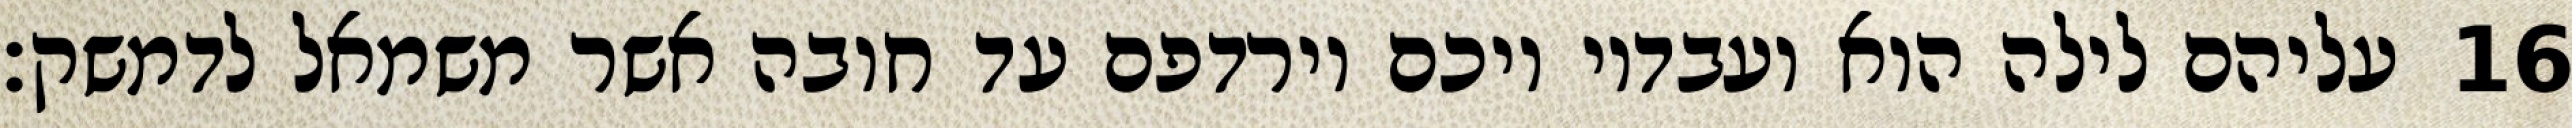
עליהם לילה הוא ועבדיו ויכם וירדפם עד חובה אשר משמאל לדמשק׃ ‎16‏